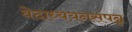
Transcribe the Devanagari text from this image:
वेदाध्ययनसंपन्न